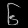
Digit: ၆